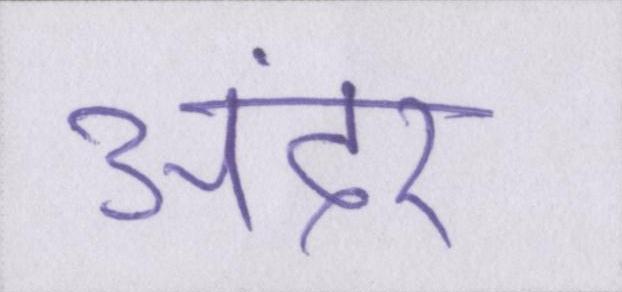
अंदर